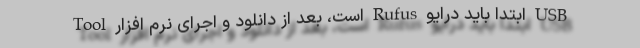
Tool است، بعد از دانلود و اجرای نرم افزار Rufus ابتدا باید درایو USB